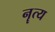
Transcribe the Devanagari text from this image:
नॄत्य